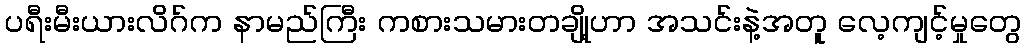
ပရီးမီးယားလိဂ်က နာမည်ကြီး ကစားသမားတချို့ဟာ အသင်းနဲ့အတူ လေ့ကျင့်မှုတွေ